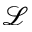
\mathcal { L }